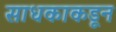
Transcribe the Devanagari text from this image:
साधकाकडून